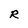
Character: R